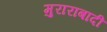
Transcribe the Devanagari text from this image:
मुराराबादी